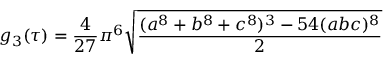
g _ { 3 } ( \tau ) = { \frac { 4 } { 2 7 } } \pi ^ { 6 } { \sqrt { \frac { ( a ^ { 8 } + b ^ { 8 } + c ^ { 8 } ) ^ { 3 } - 5 4 ( a b c ) ^ { 8 } } { 2 } } }